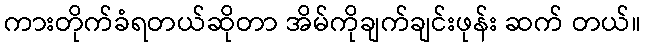
ကားတိုက်ခံရတယ်ဆိုတာ အိမ်ကိုချက်ချင်းဖုန်း ဆက် တယ်။